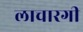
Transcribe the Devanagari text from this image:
लाचारगी